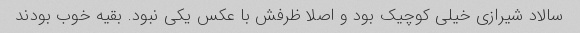
سالاد شیرازی خیلی کوچیک بود و اصلا ظرفش با عکس یکی نبود. بقیه خوب بودند